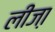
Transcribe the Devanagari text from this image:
लीजा़